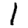
Digit: 1